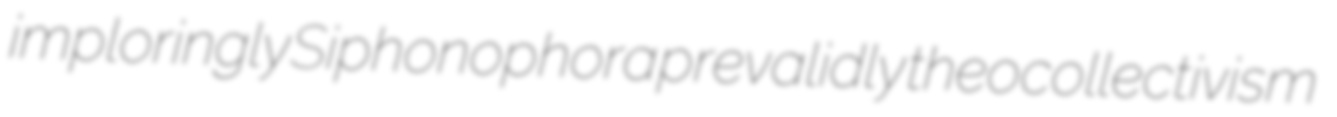
imploringly Siphonophora prevalidly theocollectivism